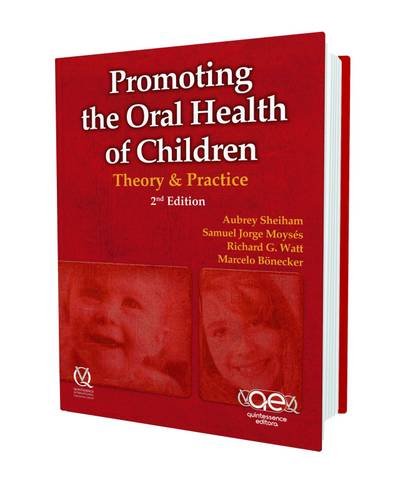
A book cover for Promoting the Oral Health of Children: Theory and Practice, Second Edition; Aubrey Sheiham; Medical Books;